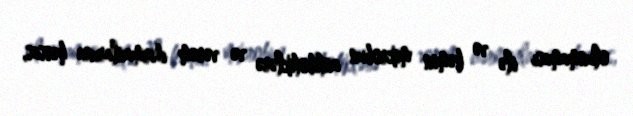
olunmaması ilə və həmin mikrobun antibotiklərə və vərəm dərmanlarına həssas,